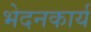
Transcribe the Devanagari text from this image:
भेदनकार्य